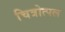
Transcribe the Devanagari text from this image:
चित्रोत्पल